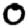
Digit: 0